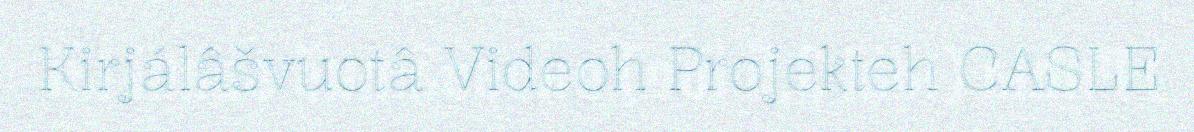
Kirjálâšvuotâ Videoh Projekteh CASLE